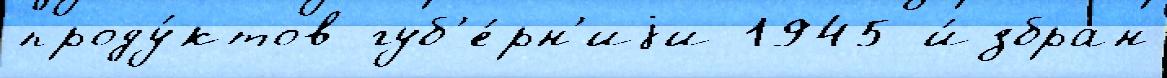
проду́ктов губ'е́рн'иjи 1945 и́збран